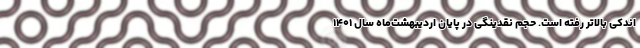
اندکی بالاتر رفته است. حجم نقدینگی در پایان اردیبهشت‌ماه سال ۱۴۰۱